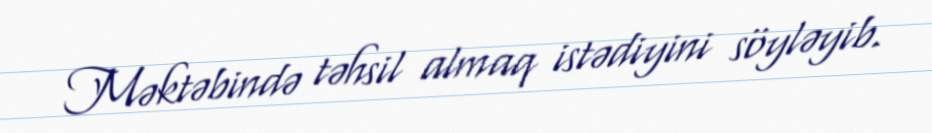
Məktəbində təhsil almaq istədiyini söyləyib.